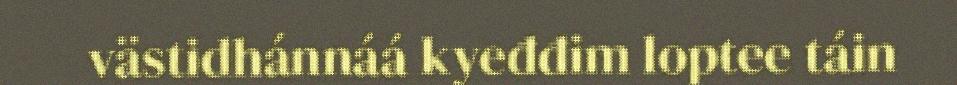
västidhánnáá kyeđđim loptee táin